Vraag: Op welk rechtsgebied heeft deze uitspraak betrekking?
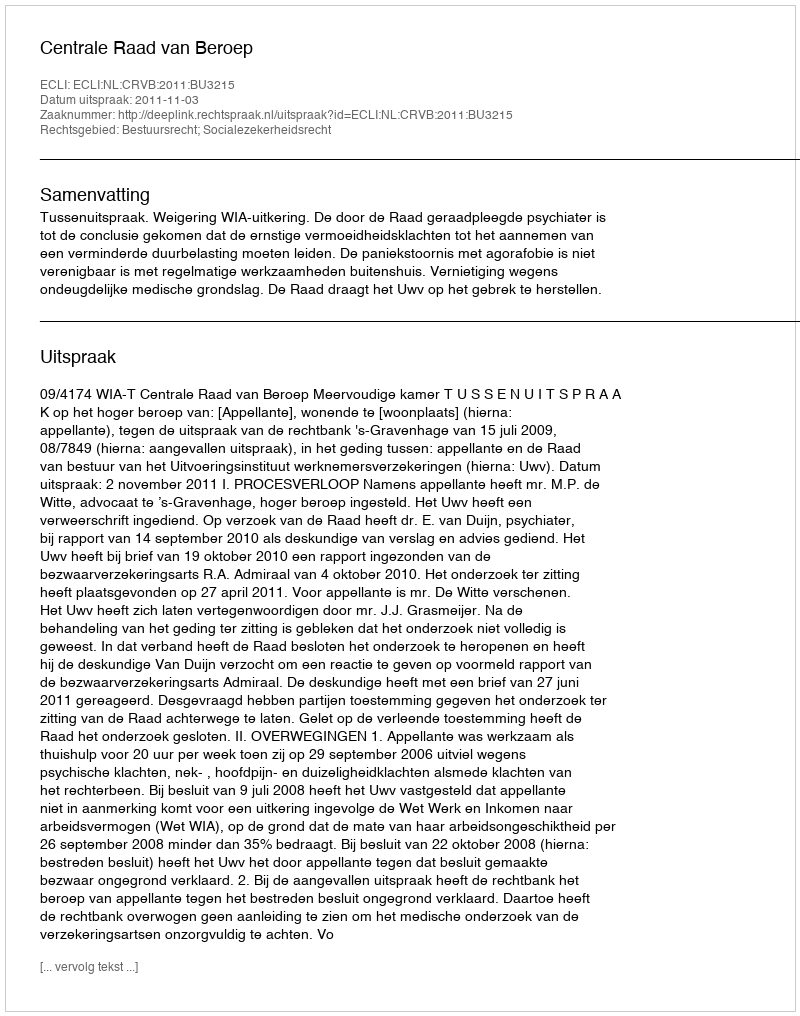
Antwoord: Bestuursrecht; Socialezekerheidsrecht